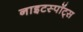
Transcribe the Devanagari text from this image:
नाइटस्पॉट्स